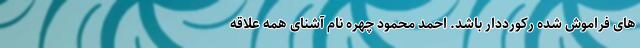
های فراموش شده رکورددار باشد. احمد محمود چهره نام آشنای همه علاقه